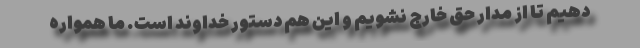
دهیم تا از مدار حق خارج نشویم و این هم دستور خداوند است. ما همواره